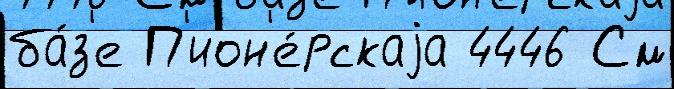
ба́з'е П'ион'е́рскаjа 4446 См